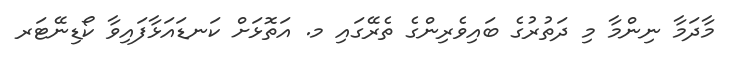
މާދަމާ ނިންމާ މި ދަތުރުގެ ބައިވެރިންގެ ތެރޭގައި މ. އަތޮޅަށް ކަނޑައަޅާފައިވާ ކޯޑިނޭޓަރ